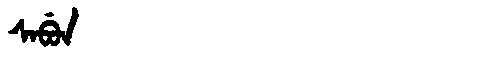
Manchu: ᠰᠠᠪᡠᠨ
Romanization: SABUN